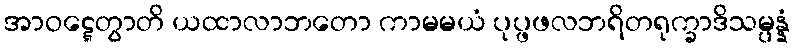
အာဝဋ္ဋေတွာတိ ယထာလာဘတော ကာမမယံ ပုပ္ဖဖလဘရိတရုက္ခာဒိသမ္ပန္နံ